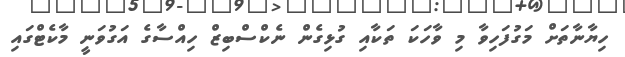
ހިޔާނާތަށް މަގުފަހިވާ މި ވާހަކަ ތަކާއި ގުޅިގެން ނެކްސްބިޒް ހިއްސާގެ އަގުވަނީ މާކެޓްގައި